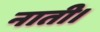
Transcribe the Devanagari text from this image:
नाती।